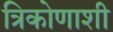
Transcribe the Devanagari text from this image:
त्रिकोणाशी